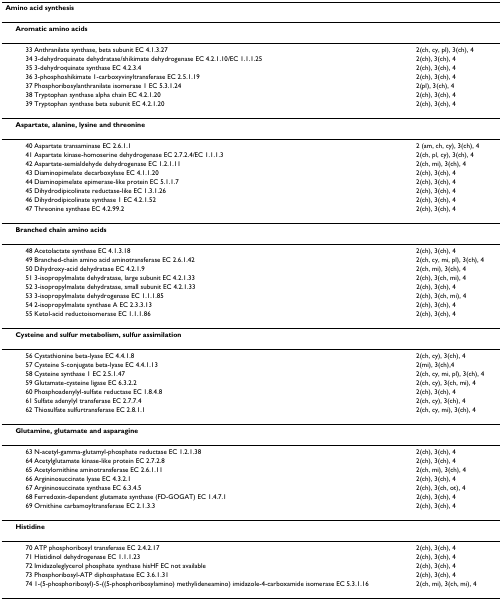
<table><thead><tr><td><b>Amino acid synthesis</b></td><td></td></tr></thead><tbody><tr><td> <b>Aromatic amino acids</b></td><td></td></tr><tr><td>33 Anthranilate synthase, beta subunit EC 4.1.3.27</td><td>2(ch, cy, pl), 3(ch), 4</td></tr><tr><td>34 3-dehydroquinate dehydratase/shikimate dehydrogenase EC 4.2.1.10/EC 1.1.1.25</td><td>2(ch), 3(ch), 4</td></tr><tr><td>35 3-dehydroquinate synthase EC 4.2.3.4</td><td>2(ch), 3(ch), 4</td></tr><tr><td>36 3-phosphoshikimate 1-carboxyvinyltransferase EC 2.5.1.19</td><td>2(ch), 3(ch), 4</td></tr><tr><td>37 Phosphoribosylanthranilate isomerase 1 EC 5.3.1.24</td><td>2(pl), 3(ch), 4</td></tr><tr><td>38 Tryptophan synthase alpha chain EC 4.2.1.20</td><td>2(ch), 3(ch), 4</td></tr><tr><td>39 Tryptophan synthase beta subunit EC 4.2.1.20</td><td>2(ch), 3(ch), 4</td></tr><tr><td> <b>Aspartate, alanine, lysine and threonine</b></td><td></td></tr><tr><td>40 Aspartate transaminase EC 2.6.1.1</td><td>2 (am, ch, cy), 3(ch), 4</td></tr><tr><td>41 Aspartate kinase-homoserine dehydrogenase EC 2.7.2.4/EC 1.1.1.3</td><td>2(ch, pl, cy), 3(ch), 4</td></tr><tr><td>42 Aspartate-semialdehyde dehydrogenase EC 1.2.1.11</td><td>2(ch, mi), 3(ch), 4</td></tr><tr><td>43 Diaminopimelate decarboxylase EC 4.1.1.20</td><td>2(ch), 3(ch), 4</td></tr><tr><td>44 Diaminopimelate epimerase-like protein EC 5.1.1.7</td><td>2(ch), 3(ch), 4</td></tr><tr><td>45 Dihydrodipicolinate reductase-like EC 1.3.1.26</td><td>2(ch), 3(ch), 4</td></tr><tr><td>46 Dihydrodipicolinate synthase 1 EC 4.2.1.52</td><td>2(ch), 3(ch), 4</td></tr><tr><td>47 Threonine synthase EC 4.2.99.2</td><td>2(ch), 3(ch), 4</td></tr><tr><td> <b>Branched chain amino acids</b></td><td></td></tr><tr><td>48 Acetolactate synthase EC 4.1.3.18</td><td>2(ch), 3(ch), 4</td></tr><tr><td>49 Branched-chain amino acid aminotransferase EC 2.6.1.42</td><td>2(ch, cy, mi, pl), 3(ch), 4</td></tr><tr><td>50 Dihydroxy-acid dehydratase EC 4.2.1.9</td><td>2(ch, mi), 3(ch), 4</td></tr><tr><td>51 3-isopropylmalate dehydratase, large subunit EC 4.2.1.33</td><td>2(ch), 3(ch, mi), 4</td></tr><tr><td>52 3-isopropylmalate dehydratase, small subunit EC 4.2.1.33</td><td>2(ch), 3(ch), 4</td></tr><tr><td>53 3-isopropylmalate dehydrogenase EC 1.1.1.85</td><td>2(ch), 3(ch, mi), 4</td></tr><tr><td>54 2-isopropylmalate synthase A EC 2.3.3.13</td><td>2(ch), 3(ch), 4</td></tr><tr><td>55 Ketol-acid reductoisomerase EC 1.1.1.86</td><td>2(ch), 3(ch), 4</td></tr><tr><td> <b>Cysteine and sulfur metabolism, sulfur assimilation</b></td><td></td></tr><tr><td>56 Cystathionine beta-lyase EC 4.4.1.8</td><td>2(ch, cy), 3(ch), 4</td></tr><tr><td>57 Cysteine S-conjugate beta-lyase EC 4.4.1.13</td><td>2(mi), 3(ch),4</td></tr><tr><td>58 Cysteine synthase 1 EC 2.5.1.47</td><td>2(ch, cy, mi, pl), 3(ch), 4</td></tr><tr><td>59 Glutamate-cysteine ligase EC 6.3.2.2</td><td>2(ch, cy), 3(ch, mi), 4</td></tr><tr><td>60 Phosphoadenylyl-sulfate reductase EC 1.8.4.8</td><td>2(ch), 3(ch), 4</td></tr><tr><td>61 Sulfate adenylyl transferase EC 2.7.7.4</td><td>2(ch, cy), 3(ch), 4</td></tr><tr><td>62 Thiosulfate sulfurtransferase EC 2.8.1.1</td><td>2(ch, cy, mi), 3(ch), 4</td></tr><tr><td> <b>Glutamine, glutamate and asparagine</b></td><td></td></tr><tr><td>63 N-acetyl-gamma-glutamyl-phosphate reductase EC 1.2.1.38</td><td>2(ch), 3(ch), 4</td></tr><tr><td>64 Acetylglutamate kinase-like protein EC 2.7.2.8</td><td>2(ch), 3(ch), 4</td></tr><tr><td>65 Acetylornithine aminotransferase EC 2.6.1.11</td><td>2(ch, mi), 3(ch), 4</td></tr><tr><td>66 Argininosuccinate lyase EC 4.3.2.1</td><td>2(ch), 3(ch), 4</td></tr><tr><td>67 Argininosuccinate synthase EC 6.3.4.5</td><td>2(ch), 3(ch, ot), 4</td></tr><tr><td>68 Ferredoxin-dependent glutamate synthase (FD-GOGAT) EC 1.4.7.1</td><td>2(ch), 3(ch), 4</td></tr><tr><td>69 Ornithine carbamoyltransferase EC 2.1.3.3</td><td>2(ch), 3(ch), 4</td></tr><tr><td> <b>Histidine</b></td><td></td></tr><tr><td>70 ATP phosphoribosyl transferase EC 2.4.2.17</td><td>2(ch), 3(ch), 4</td></tr><tr><td>71 Histidinol dehydrogenase EC 1.1.1.23</td><td>2(ch), 3(ch), 4</td></tr><tr><td>72 Imidazoleglycerol phosphate synthase hisHF EC not available</td><td>2(ch), 3(ch), 4</td></tr><tr><td>73 Phosphoribosyl-ATP diphosphatase EC 3.6.1.31</td><td>2(ch), 3(ch), 4</td></tr><tr><td>74 1-(5-phosphoribosyl)-5-((5-phosphoribosylamino) methylideneamino) imidazole-4-carboxamide isomerase EC 5.3.1.16</td><td>2(ch, mi), 3(ch, mi), 4</td></tr></tbody></table>